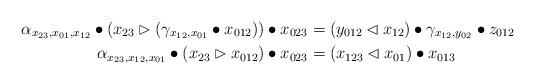
LaTeX: \begin{align*}\alpha_{x_{23},x_{01},x_{12}}\bullet(x_{23}\rhd (\gamma_{x_{12},x_{01}} \bullet x_{012}))\bullet x_{023}&=(y_{012}\lhd x_{12})\bullet \gamma_{x_{12},y_{02}} \bullet z_{012} \\\alpha_{x_{23},x_{12},x_{01}}\bullet(x_{23}\rhd x_{012})\bullet x_{023}&=(x_{123}\lhd x_{01})\bullet x_{013} \end{align*}